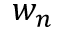
w _ { n }